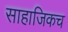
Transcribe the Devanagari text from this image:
साहाजिकच